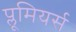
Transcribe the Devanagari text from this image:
प्लूमियर्स